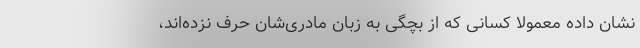
نشان داده معمولاً کسانی که از بچگی به زبان مادری‌شان حرف نزده‌اند،